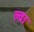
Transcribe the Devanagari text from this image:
ल्वा